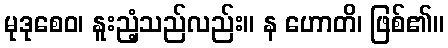
မုဒုစေဝ၊ နူးညံ့သည်လည်း။ န ဟောတိ၊ ဖြစ်၏။